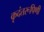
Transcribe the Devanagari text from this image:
कृदंतरूपिणी